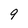
Character: 9